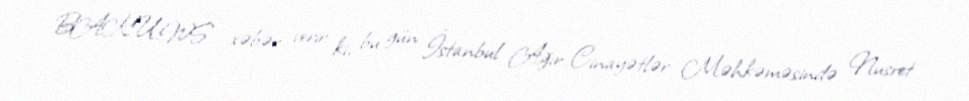
BAKU.WS xəbər verir ki, bu gün İstanbul Ağır Cinayətlər Məhkəməsində Nusret